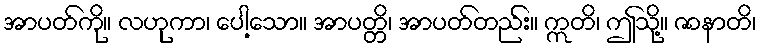
အာပတ်ကို။ လဟုကာ၊ ပေါ့သော။ အာပတ္တိ၊ အာပတ်တည်း။ ဣတိ၊ ဤသို့။ ဇာနာတိ၊